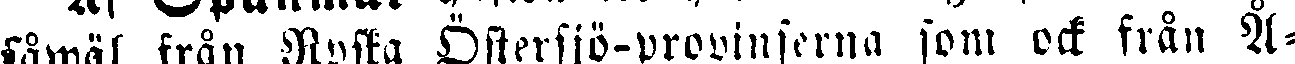
såwäl från Ryska Östersjö-provinserna som ock från Å-